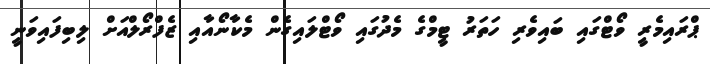
ޕްރައިމެރީ ވޯޓްގައި ބައިވެރި ހަތަރު ޓީމްގެ މެދުގައި ވޯޓްލައިގެން މެކާނޯއާއި ޒެފްރޯލްއަށް ލިބިފައިވަނީ